Regulations for the medical services of the Army of India
Year: 1930
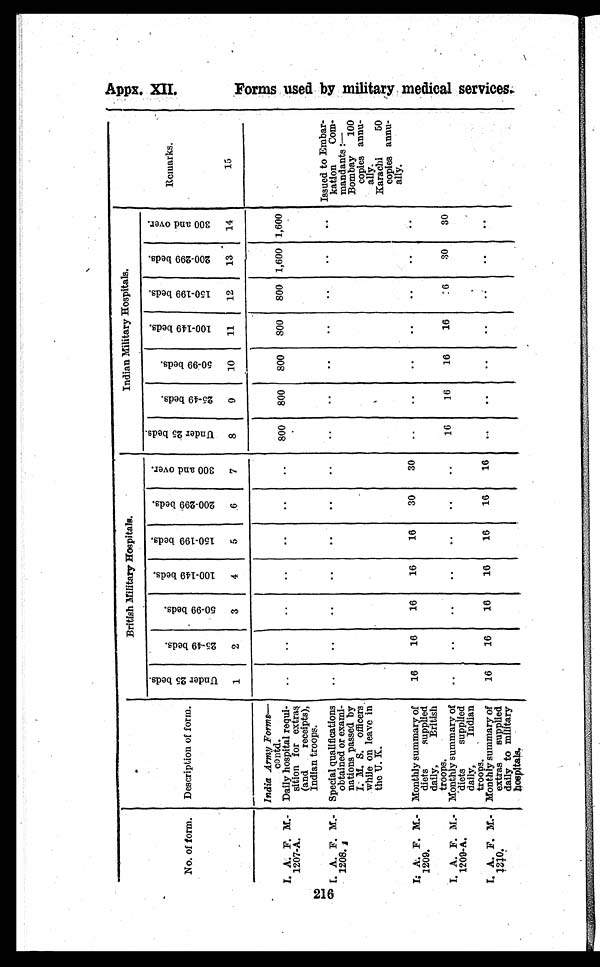
No. of form. Description of form.
British Military Hospitals.
Indian Military Hospitals.
Remarks.
15
U n d e r 2 5 b e d s .
1
2 5 - 4 9 b e d s .
2
5 0 - 9 9 b e d s .
3
1 0 0 - 1 4 9 b e d s .
4
1 5 0 - 1 9 9 b e d s .
5
2 0 0 - 2 9 9 b e d s .
6
3 0 0 a n d o v e r .
7
U n d e r 2 5 b e d s .
8
2 5 - 4 9 b e d s .
9
5 0 - 9 9 b e d s .
1 0
1 0 0 - 1 4 9 b e d s .
1 1
1 5 0 - 1 9 9 b e d s .
1 2
2 0 0 - 2 9 9 b e d s .
1 3
3 0 0 a n d o v e r .
1 4
India Army Forms —
contd.
I. A. F. M.-
1207-A.
Daily hospital requi-
sition for extras
(and receipts),
Indian troops.
. . ..
. .
. . ..
..
. . . 800 800 800 800 800 1,600 1,600
I. A. F. M.-
1208.
Special qualification
obtained or exami-
nations passed by
I. M. S. officers
while on leave in
the U. K
..
..
..
..
. .
. . ..
. . ..
..
..
..
..
.. Issued to Embar-
kation Com-
mandants:—
Bombay 100
copies annu-
ally.
Karachi
50
copies annu-
ally.
I. A. F. M.—
1209.
Monthly summary of
diets
supplied
daily,
British
troops.
16
16
16
16
16
30
30
. . ..
..
..
..
..
..
I. A. F. M.-
1209-A.
Monthly summary of
diets
supplied
daily,
Indian
troops.
..
..
..
..
..
..
..
16
16
16
16
1 6 30
30
I. A. F. M.-
1210.
Monthly summary of
extras supplied
daily to military
hospitals.
16
16
16
16
16
16
16
. .
..
..
..
. .
. .
. .
F o r m s u s e d b y m i l i t a r y m e d i c a l s e r v i c e s .